Civil Veterinary Department. Central Provinces & Berar 1932-41 - 1932-1941
Year: 1932
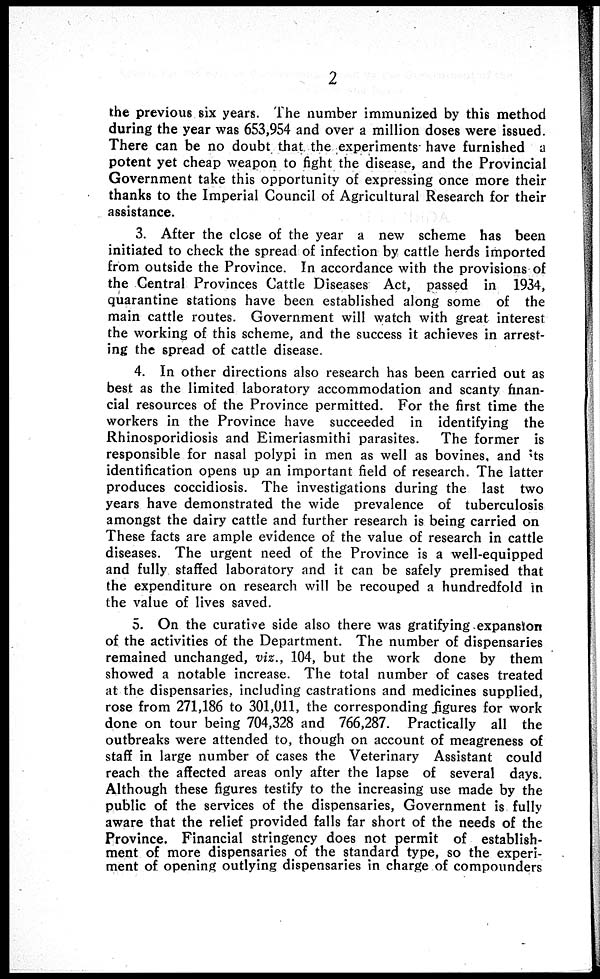
2
the previous six years. The number immunized by this method
during the year was 653,954 and over a million doses were issued.
There can be no doubt that the experiments have furnished a
potent yet cheap weapon to fight the disease, and the Provincial
Government take this opportunity of expressing once more their
thanks to the Imperial Council of Agricultural Research for their
assistance.
3. After the close of the year a new scheme has been
initiated to check the spread of infection by cattle herds imported
from outside the Province. In accordance with the provisions of
the Central Provinces Cattle Diseases Act, passed in 1934,
quarantine stations have been established along some of the
main cattle routes. Government will watch with great interest
the working of this scheme, and the success it achieves in arrest-
ing the spread of cattle disease.
4. In other directions also research has been carried out as
best as the limited laboratory accommodation and scanty finan-
cial resources of the Province permitted. For the first time the
workers in the Province have succeeded in identifying the
Rhinosporidiosis and Eimeriasmithi parasites. The former is
responsible for nasal polypi in men as well as bovines, and its
identification opens up an important field of research. The latter
produces coccidiosis. The investigations during the last two
years have demonstrated the wide prevalence of tuberculosis
amongst the dairy cattle and further research is being carried on
These facts are ample evidence of the value of research in cattle
diseases. The urgent need of the Province is a well-equipped
and fully staffed laboratory and it can be safely premised that
the expenditure on research will be recouped a hundredfold in
the value of lives saved.
5. On the curative side also there was gratifying expansion
of the activities of the Department. The number of dispensaries
remained unchanged, viz., 104, but the work done by them
showed a notable increase. The total number of cases treated
at the dispensaries, including castrations and medicines supplied,
rose from 271,186 to 301,011, the corresponding figures for work
done on tour being 704,328 and 766,287. Practically all the
outbreaks were attended to, though on account of meagreness of
staff in large number of cases the Veterinary Assistant could
reach the affected areas only after the lapse of several days.
Although these figures testify to the increasing use made by the
public of the services of the dispensaries, Government is fully
aware that the relief provided falls far short of the needs of the
Province. Financial stringency does not permit of establish-
ment of more dispensaries of the standard type, so the experi-
ment of opening outlying dispensaries in charge of compounders